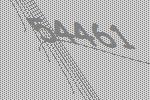
54461